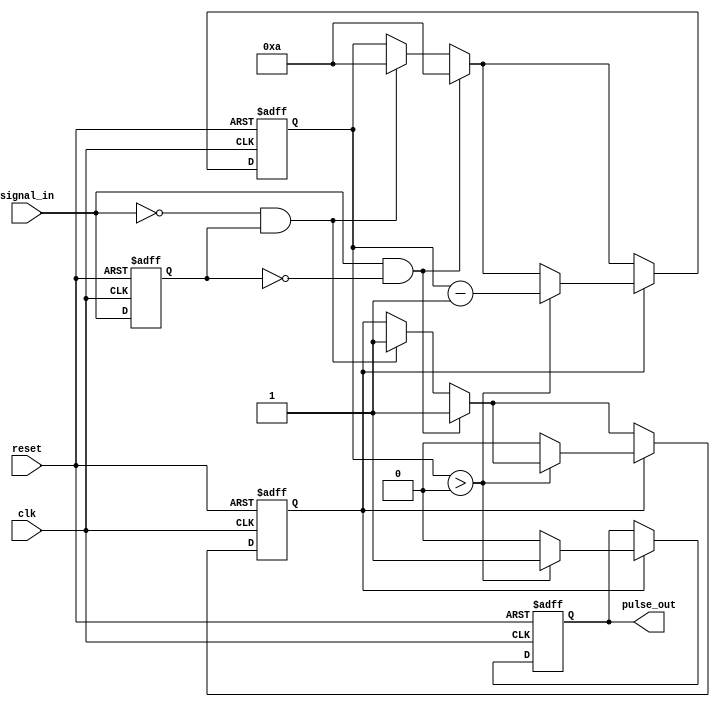
module monostable_edge_detector #(
    parameter pulse_width = 10 // Pulse width in clock cycles
) (
    input wire clk,              // Clock signal
    input wire reset,            // Asynchronous reset
    input wire signal_in,        // Input signal
    output reg pulse_out         // Output pulse
);

    reg signal_in_prev;          // Previous state of the input signal
    reg [3:0] pulse_counter;     // Counter for pulse duration
    reg pulse_active;            // Flag to indicate if pulse is active

    // Edge detection and pulse generation logic
    always @(posedge clk or posedge reset) begin
        if (reset) begin
            pulse_out <= 0;       // Reset pulse output
            signal_in_prev <= 0;  // Reset previous input state
            pulse_counter <= 0;    // Reset pulse counter
            pulse_active <= 0;     // Reset pulse active flag
        end else begin
            // Detect rising edge
            if (signal_in && !signal_in_prev) begin
                pulse_active <= 1;  // Set pulse active flag
                pulse_counter <= pulse_width; // Load pulse width into counter
            end
            // Detect falling edge
            else if (!signal_in && signal_in_prev) begin
                pulse_active <= 1;  // Set pulse active flag
                pulse_counter <= pulse_width; // Load pulse width into counter
            end

            // Manage pulse output and counter
            if (pulse_active) begin
                pulse_out <= 1;       // Set pulse output high
                if (pulse_counter > 0) begin
                    pulse_counter <= pulse_counter - 1; // Decrement pulse counter
                end else begin
                    pulse_active <= 0;  // Clear pulse active flag
                    pulse_out <= 0;     // Set pulse output low
                end
            end

            // Update previous input state
            signal_in_prev <= signal_in;
        end
    end

endmodule